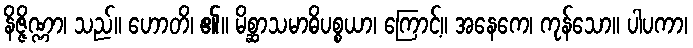
နိဇ္ဇိဏ္ဏာ၊ သည်။ ဟောတိ၊ ၏။ မိစ္ဆာသမာဓိပစ္စယာ၊ ကြောင့်။ အနေကေ၊ ကုန်သော။ ပါပကာ၊